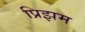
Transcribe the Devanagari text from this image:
प्रिझम